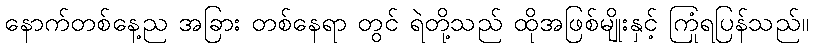
နောက်တစ်နေ့ည အခြား တစ်နေရာ တွင် ရဲတို့သည် ထိုအဖြစ်မျိုးနှင့် ကြုံရပြန်သည်။